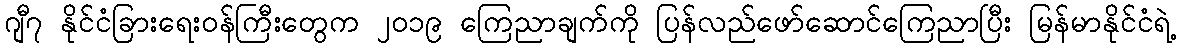
ဂျီ၇ နိုင်ငံခြားရေးဝန်ကြီးတွေက ၂၀၁၉ ကြေညာချက်ကို ပြန်လည်ဖော်ဆောင်ကြေညာပြီး မြန်မာနိုင်ငံရဲ့